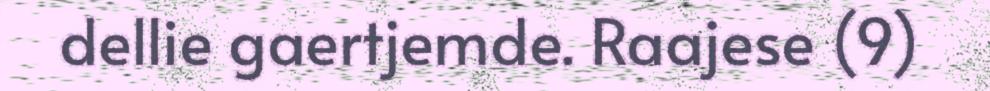
dellie gaertjemde. Raajese (9)